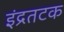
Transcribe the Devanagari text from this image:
इंद्रतटक